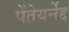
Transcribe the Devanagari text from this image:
पेंतेयर्नेद्द